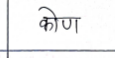
मजकूर: कोण